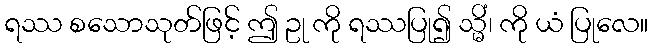
ရဿ စသောသုတ်ဖြင့် ဤ ဥု ကို ရဿပြု၍ သ္မိံ၊ ကို ယံ ပြုလေ။